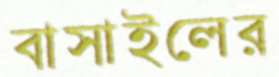
বাসাইলের